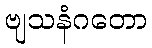
ဗျသနံဂတော